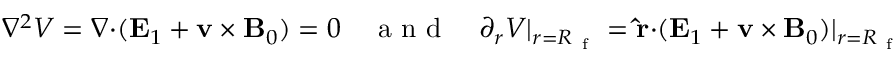
\begin{array} { r } { \nabla ^ { 2 } V = \boldsymbol { \nabla } \mathbf { \cdot } ( \mathbf { E } _ { 1 } + \mathbf { v } \times \mathbf { B } _ { 0 } ) = 0 \quad \mathrm { ~ a ~ n ~ d ~ } \quad \partial _ { r } V \vert _ { r = R _ { \mathrm { ~ f ~ } } } = \mathbf { \hat { r } } \mathbf { \cdot } ( \mathbf { E } _ { 1 } + \mathbf { v } \times \mathbf { B } _ { 0 } ) \vert _ { r = R _ { \mathrm { ~ f ~ } } } } \end{array}